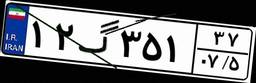
۱۲گ۳۵۱۳۷